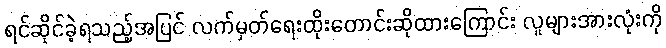
ရင်ဆိုင်ခဲ့ရသည့်အပြင် လက်မှတ်ရေးထိုးတောင်းဆိုထားကြောင်း လူများအားလုံးကို